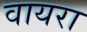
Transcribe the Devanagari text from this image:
वायरा